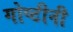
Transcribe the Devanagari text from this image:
गोष्टीनी